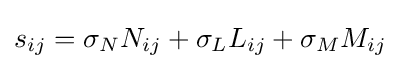
s_{ij}=\sigma _{N}N_{ij}+\sigma _{L}L_{ij}+\sigma _{M}M_{ij}